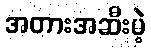
အတားအဆီးမဲ့